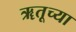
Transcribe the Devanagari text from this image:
ॠतूच्या